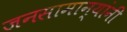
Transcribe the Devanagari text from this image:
जनसामान्यांनी